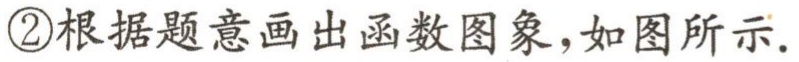
\textcircled{2}根据题意画出函数图象，如图所示.